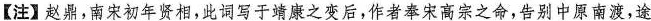
【注】赵鼎，南宋初年贤相，此词写于靖康之变后，作者奉宋高宗之命，告别中原南渡，途